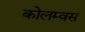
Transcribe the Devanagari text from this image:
कोलम्वस